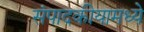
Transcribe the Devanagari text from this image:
संपादकीयामध्ये